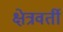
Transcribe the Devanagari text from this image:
क्षेत्रवर्ती